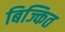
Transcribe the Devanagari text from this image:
बिज्कित